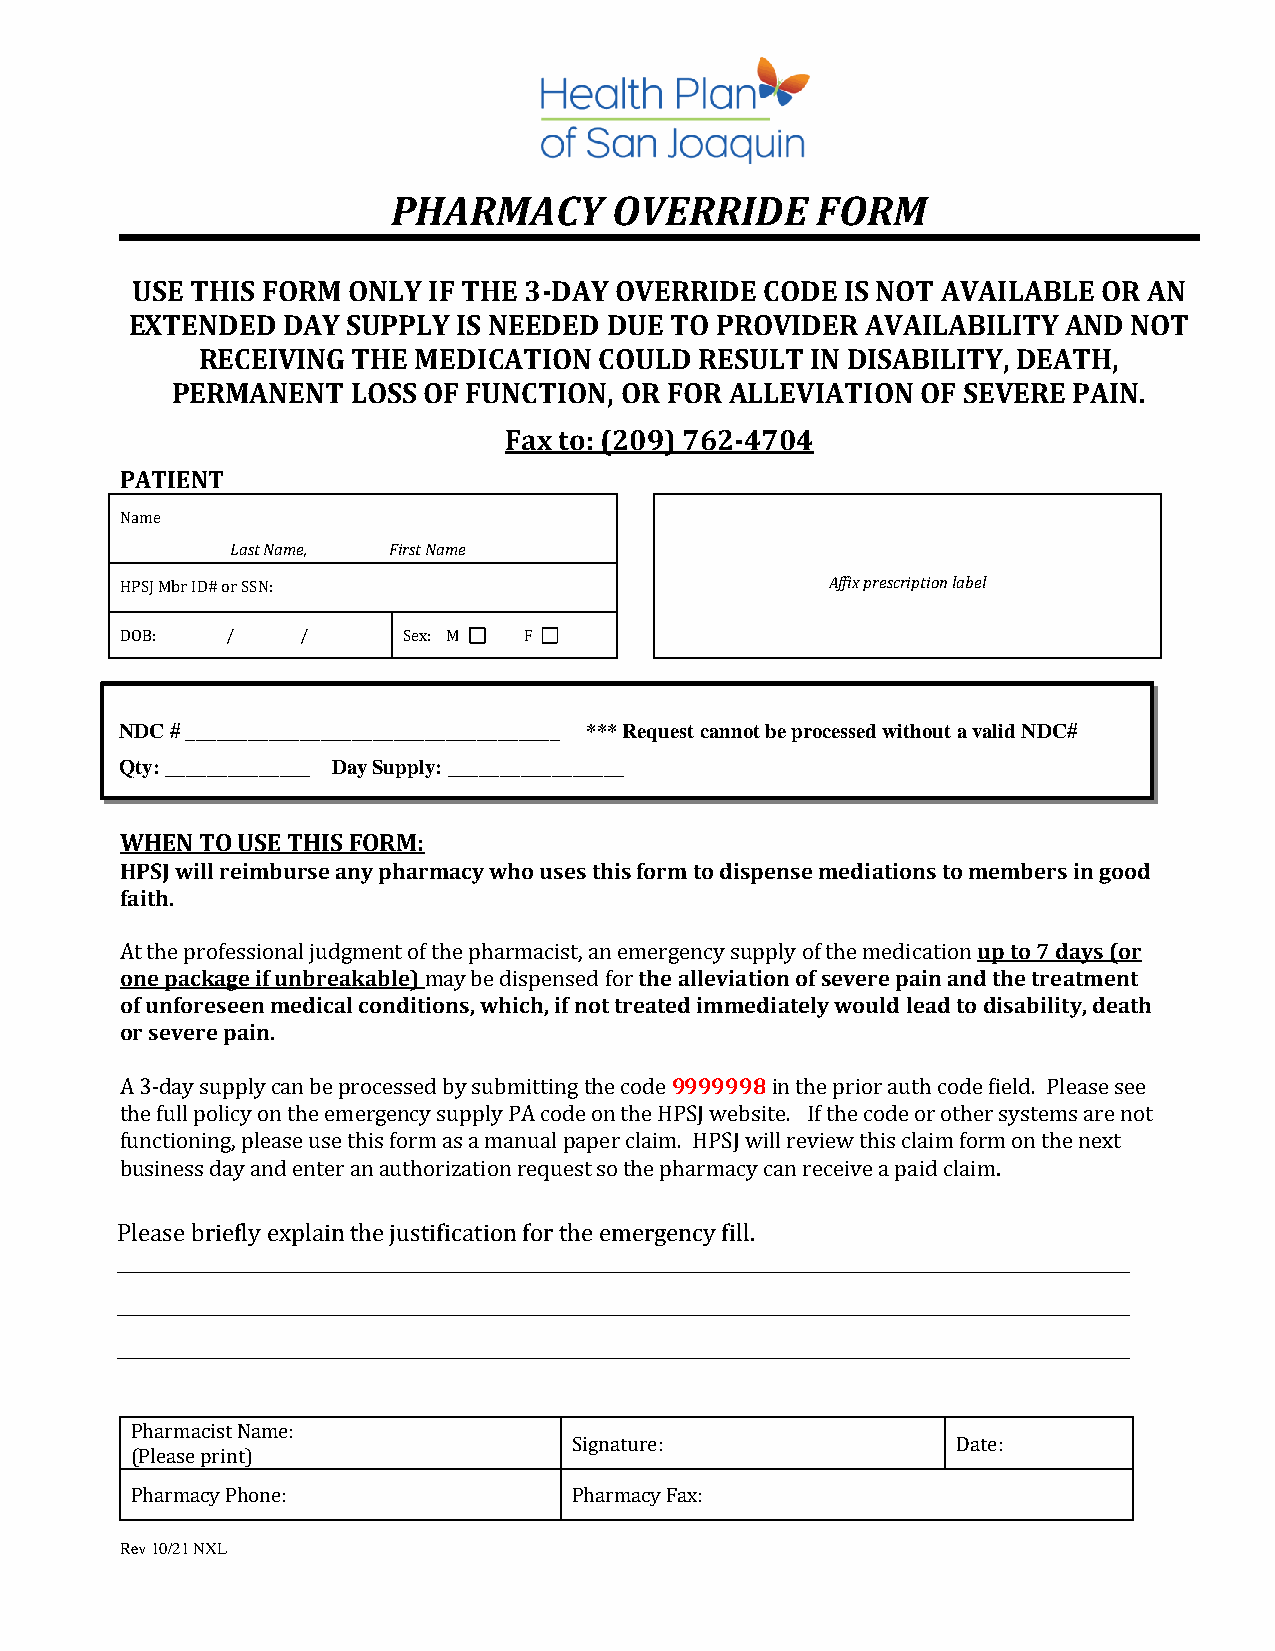
PHARMACY       OVERRIDE     FORM
 USE THIS FORM ONLY IF THE 3-DAY OVERRIDE  CODE IS NOT AVAILABLE OR AN
 EXTENDED  DAY SUPPLY IS NEEDED DUE TO PROVIDER  AVAILABILITY  AND NOT
 RECEIVING THE  MEDICATION  COULD RESULT  IN DISABILITY, DEATH,
 PERMANENT   LOSS OF FUNCTION, OR FOR ALLEVIATION  OF SEVERE PAIN.
 Fax to: (209) 762-4704
 PATIENT
 Name
 Last Name, First Name
 HPSJ Mbr ID# or SSN:                           Affix prescription label
 DOB:   /    /      Sex: M  F
 NDC # ____________________________________ *** Request cannot be processed without a valid NDC#
 Qty: ______________ Day Supply: _________________
 WHEN TO USE THIS FORM:
 HPSJ will reimburse any pharmacy who uses this form to dispense mediations to members in good
 faith.
 At the professional judgment of the pharmacist, an emergency supply of the medication up to 7 days (or
 one package if unbreakable) may be dispensed for the alleviation of severe pain and the treatment
 of unforeseen medical conditions, which, if not treated immediately would lead to disability, death
 or severe pain.
 A 3-day supply can be processed by submitting the code 9999998 in the prior auth code field. Please see
 the full policy on the emergency supply PA code on the HPSJ website. If the code or other systems are not
 functioning, please use this form as a manual paper claim. HPSJ will review this claim form on the next
 business day and enter an authorization request so the pharmacy can receive a paid claim.
 Please briefly explain the justification for the emergency fill.
 _________________________________________________________________________________
 _________________________________________________________________________________
 _ ________________________________________________________________________________
 Pharmacist Name:
 Signature:               Date:
 (Please print)
 Pharmacy Phone:              Pharmacy Fax:
 Rev 10/21 NXL